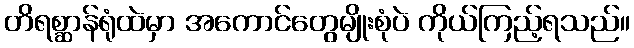
တိရစ္ဆာန်ရုံထဲမှာ အကောင်တွေမျိုးစုံပဲ ကိုယ်ကြည့်ရသည်။